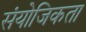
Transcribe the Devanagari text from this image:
संयोजिकता